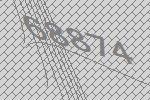
68874